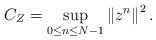
LaTeX: \begin{align*}C_{Z}=\sup_{0\leq n\leq N-1}\left\Vert z^{n}\right\Vert ^{2} .\end{align*}